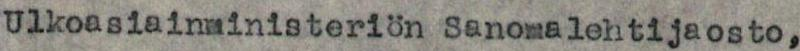
Ulkoasiainministeriön Sanomalehtijaosto,